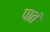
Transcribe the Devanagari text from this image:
पातं